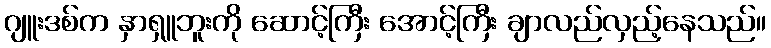
ဂျူးဒစ်က နှာရှူဘူးကို ဆောင့်ကြီး အောင့်ကြီး ချာလည်လှည့်နေသည်။